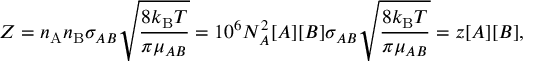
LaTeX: Z = n _ { \mathrm { A } } n _ { \mathrm { B } } \sigma _ { A B } { \sqrt { \frac { 8 k _ { \mathrm { B } } T } { \pi \mu _ { A B } } } } = 1 0 ^ { 6 } N _ { A } ^ { 2 } [ A ] [ B ] \sigma _ { A B } { \sqrt { \frac { 8 k _ { \mathrm { B } } T } { \pi \mu _ { A B } } } } = z [ A ] [ B ] ,